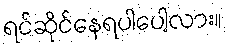
ရင်ဆိုင်နေရပါပေါ့လား။